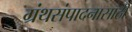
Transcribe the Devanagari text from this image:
ग्रंथसंपादनासाठी